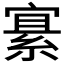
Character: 𫳲